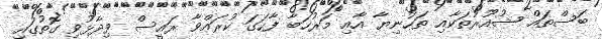
ބަސްތައް ޝުއޫރުތަކާއި ތަހުނިޔާ އާއި މަރުހަބާ ފާހަގަ ކުރައްވާ ރައީސް ވިދާޅުވި ގޮތުގައި